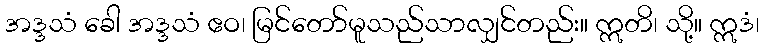
အဒ္ဒသံ ခေါ အဒ္ဒသံ ဧဝ၊ မြင်တော်မူသည်သာလျှင်တည်း။ ဣတိ၊ သို့။ ဣဒံ၊